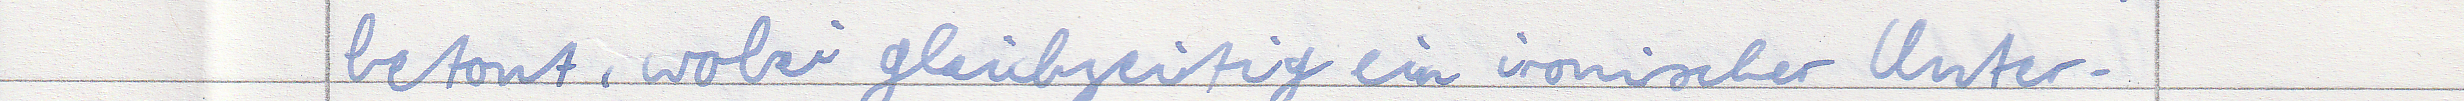
betont, wobei gleichzeitig ein ironischer Unter -